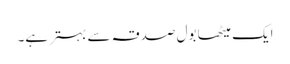
ایک میٹھا بول صدقہ سے بہتر ہے۔